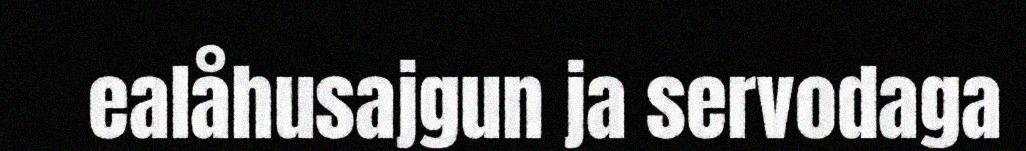
ealåhusajgun ja servodaga